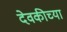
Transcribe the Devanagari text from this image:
देवकीच्या